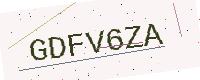
Text: GDFV6ZA